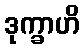
ဒုက္ခာဟိ